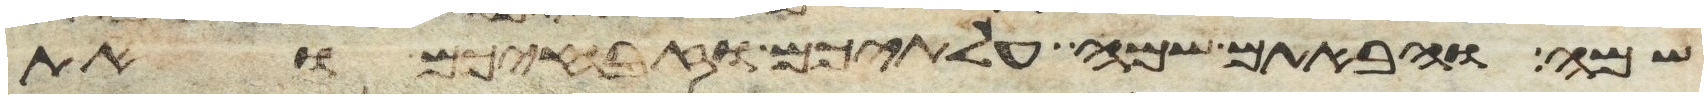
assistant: שם והבאתם שמה עלתיכם וזבחיכם ואת